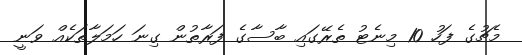
މެޗުގެ ފަހު 10 މިނެޓު ތެރޭގައި ބާސާގެ ފަރާތުން ގިނަ ހަމަލާތަކެއް ވަނީ